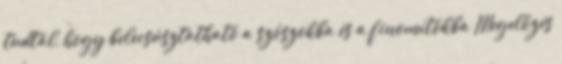
tudtál, hogy belecsúsztatható a szószokba és a finomítókba Megelőzés